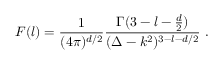
F ( l ) = { \frac { 1 } { ( 4 \pi ) ^ { d / 2 } } } { \frac { \Gamma ( 3 - l - { \frac { d } { 2 } } ) } { ( \Delta - k ^ { 2 } ) ^ { 3 - l - d / 2 } } } \ .